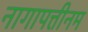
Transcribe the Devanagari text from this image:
नागापत्तीनम